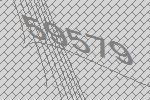
59579